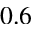
0 . 6